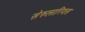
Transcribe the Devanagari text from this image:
सेरुलारियस